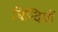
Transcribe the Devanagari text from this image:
बिन्दियों